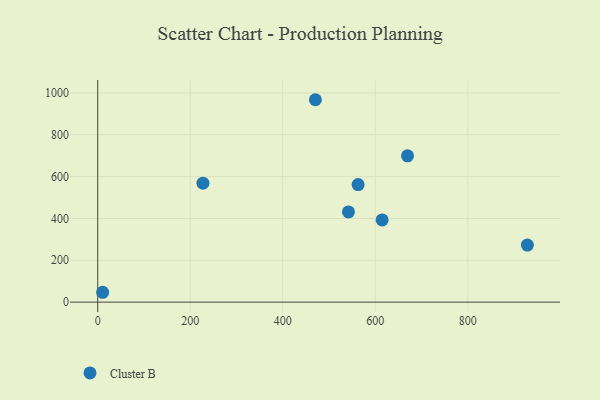
{"axis": {"x": "Price", "y": "Exam Score"}, "legend": ["Cluster B"], "data": [{"x": "470.5", "y": 967.5, "type": "Cluster B"}, {"x": "227.5", "y": 568.8, "type": "Cluster B"}, {"x": "928.8", "y": 272.5, "type": "Cluster B"}, {"x": "10.6", "y": 47.1, "type": "Cluster B"}, {"x": "542.0", "y": 431.0, "type": "Cluster B"}, {"x": "614.8", "y": 392.9, "type": "Cluster B"}, {"x": "562.9", "y": 561.7, "type": "Cluster B"}, {"x": "669.7", "y": 699.3, "type": "Cluster B"}]}